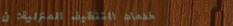
خدمات التنظيف المنزلية: ن